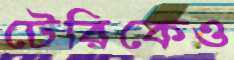
টেরিকেও